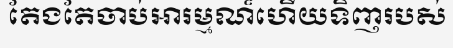
តែងតែចាប់អារម្មណ៏ហើយទិញរបស់